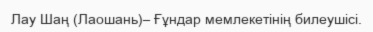
Лау Шаң (Лаошань)– Ғұндар мемлекетінің билеушісі.